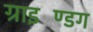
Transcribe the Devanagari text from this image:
ग्राइण्डिंग